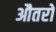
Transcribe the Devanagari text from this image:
औतरो